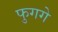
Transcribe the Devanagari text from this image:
फुगगे